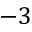
- 3